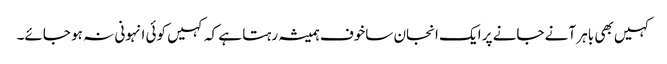
کہیں بھی باہر آنے جانے پر ایک انجان ساخوف ہمیشہ رہتا ہے کہ کہیں کوئی انہونی نہ ہو جائے۔